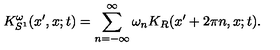
K _ { S ^ { 1 } } ^ { \omega } ( x ^ { \prime } , x ; t ) = \sum _ { n = - \infty } ^ { \infty } \omega _ { n } K _ { R } ( x ^ { \prime } + 2 \pi n , x ; t ) .